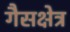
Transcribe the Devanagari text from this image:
गैसक्षेत्र